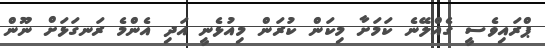
ޕްރައިވެސީ ގެއްލޭނެ ކަމަށާ މިކަން ކުރަން މިއުޅެނީ އަދި އެންމެ ރަނގަޅަށް ނޫން